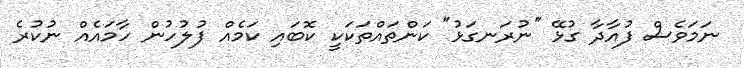
ނަމަވެސް ފުއާދާ ގުޅޭ "ނުރަނގަޅު" ކަންތައްތަކަކީ ކޮބައި ކަމެއް ފުލުހުން ހާމައެއް ނުކުރެ